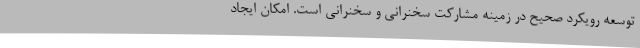
توسعه رویکرد صحیح در زمینه مشارکت سخنرانی و سخنرانی است. امکان ایجاد